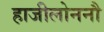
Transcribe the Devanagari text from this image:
हाजीलोननौ